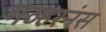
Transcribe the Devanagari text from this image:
गव्हरनंस